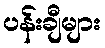
ပန်းချီများ